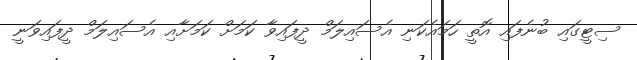
ސިޓީގައި ބުނެފައި އޮތީ ހަމައެކަނި އެސައިލަމް ދީފައިވާ ކަމަށް ކަމަށާއި އެސައިލަމް ދީފައިވަނީ